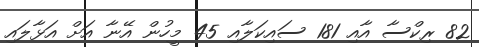
82 ރިކްސާ އާއި 181 ސައިކަލާއި 45 މީހުން އޭނާ އަށް އަޅާލައި